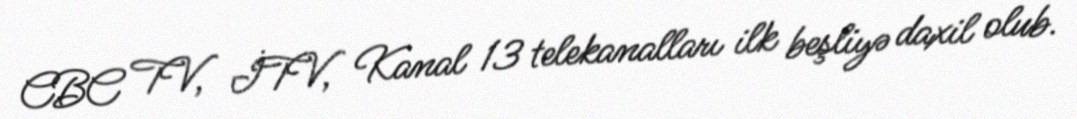
CBC TV, İTV, Kanal 13 telekanalları ilk beşliyə daxil olub.